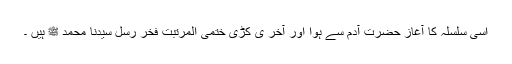
اسی سلسلہ کا آغاز حضرت آدم سے ہوا اور آخر ی کڑی ختمی المرتبت فخر رسل سیدنا محمد ﷺ ہیں ۔